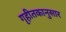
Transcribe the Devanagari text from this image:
गृहीतकानुसार